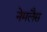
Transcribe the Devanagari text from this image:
नेमलैस